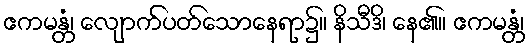
ဧကမန္တံ၊ လျောက်ပတ်သောနေရာ၌။ နိသီဒိ၊ နေ၏။ ဧကမန္တံ၊